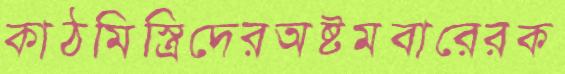
কাঠমিস্ত্রিদেরঅষ্টমবারেরক